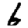
Digit: 6